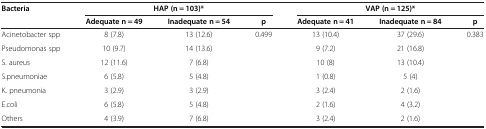
| Bacteria |  | HAP (n = 103)* |  |  | VAP (n = 125)* |  |
 |  | Adequate n = 49 | Inadequate n = 54 | p | Adequate n = 41 | Inadequate n = 84 | p |
 | --- | --- | --- | --- | --- | --- | --- |
 | Acinetobacter spp | 8 (7.8) | 13 (12.6) | 0.499 | 13 (10.4) | 37 (29.6) | 0.383 |
 | Pseudomonas spp | 10 (9.7) | 14 (13.6) |  | 9 (7.2) | 21 (16.8) |  |
 | S. aureus | 12 (11.6) | 7 (6.8) |  | 10 (8) | 13 (10.4) |  |
 | S.pneumoniae | 6 (5.8) | 5 (4.8) |  | 1 (0.8) | 5 (4) |  |
 | K. pneumonia | 3 (2.9) | 3 (2.9) |  | 3 (2.4) | 2 (1.6) |  |
 | E.coli | 6 (5.8) | 5 (4.8) |  | 2 (1.6) | 4 (3.2) |  |
 | Others | 4 (3.9) | 7 (6.8) |  | 3 (2.4) | 2 (1.6) |  |